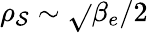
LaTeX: \rho_{\mathcal{S}}\sim\sqrt{}{{\beta_{e}/2}}